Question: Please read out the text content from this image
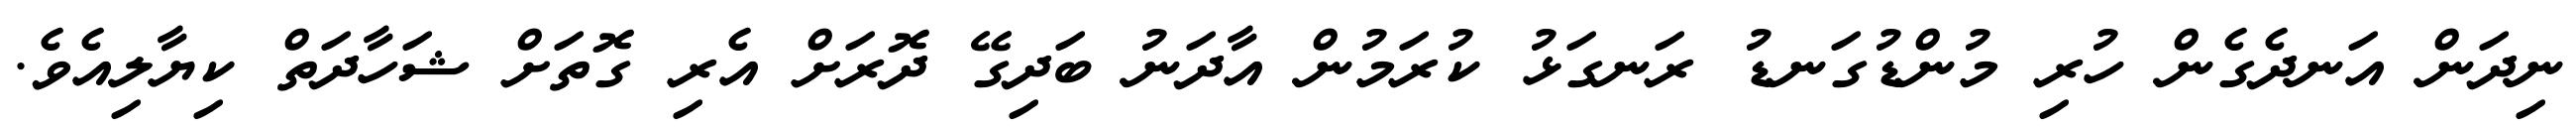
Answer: ނިދަން އަނދެގެން ހުރި މުންޑުގަނޑު ރަނގަޅު ކުރަމުން އާދަނު ބަދިގޭ ދޮރަށް އެރި ގޮތަށް ޝަހާދަތް ކިޔާލިއެވެ.